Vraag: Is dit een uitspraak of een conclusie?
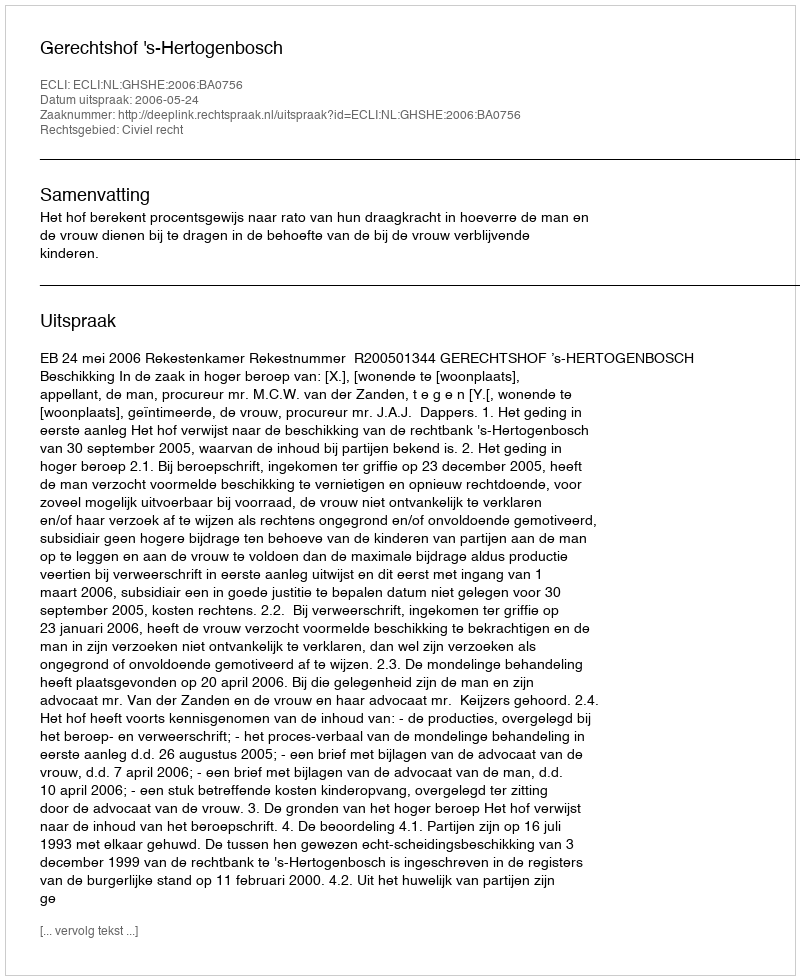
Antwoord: Uitspraak